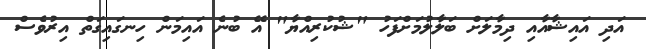
އަދި އައިޝާއާއި ދިމާލަށް ބަލާލުމަށްފަހު "ޝުކުރިއްޔާ" އޭ ބުނެ އައިމަން ހިނގައިގަތް އިރުވެސް